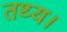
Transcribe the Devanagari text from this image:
तथ्य।